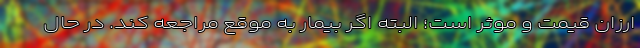
ارزان قیمت و موثر است؛ البته اگر بیمار به موقع مراجعه کند. در حال